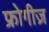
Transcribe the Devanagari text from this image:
फ्रोगीज़